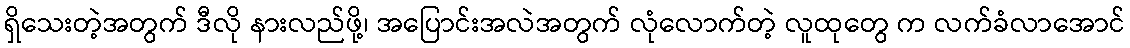
ရှိသေးတဲ့အတွက် ဒီလို နားလည်ဖို့၊ အပြောင်းအလဲအတွက် လုံလောက်တဲ့ လူထုတွေ က လက်ခံလာအောင်